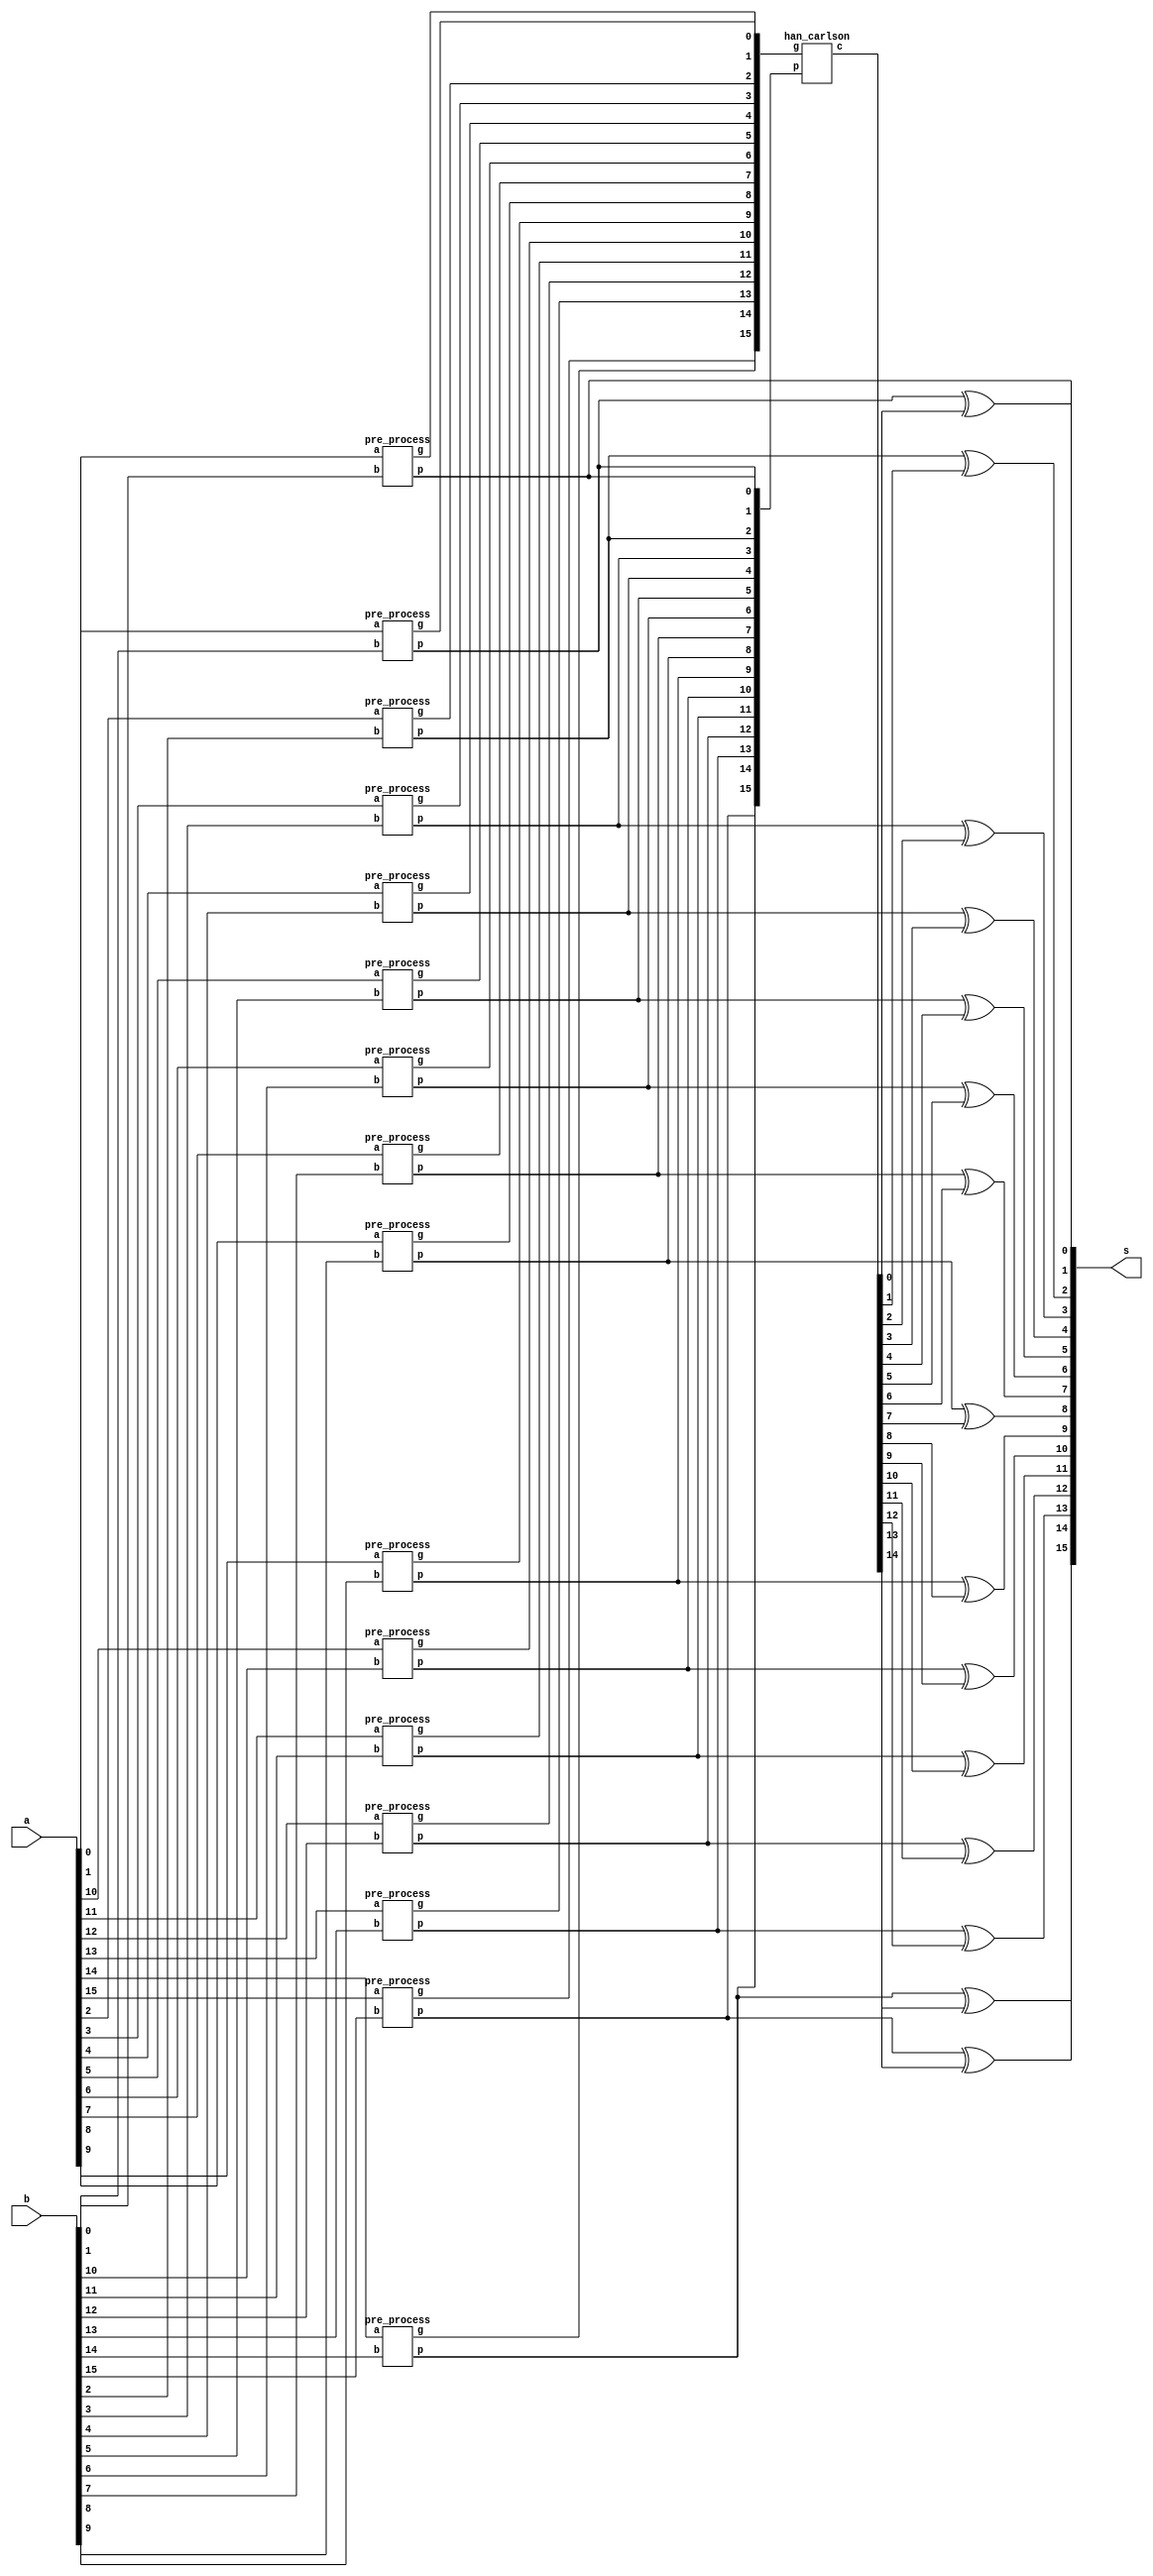
module adder_16(a,b,s);
input [15:0] a,b;
output [15:0] s;
wire [15:0] p,g,c;
pre_process pp0(a[0],b[0],p[0],g[0]);
pre_process pp1(a[1],b[1],p[1],g[1]);
pre_process pp2(a[2],b[2],p[2],g[2]);
pre_process pp3(a[3],b[3],p[3],g[3]);
pre_process pp4(a[4],b[4],p[4],g[4]);
pre_process pp5(a[5],b[5],p[5],g[5]);
pre_process pp6(a[6],b[6],p[6],g[6]);
pre_process pp7(a[7],b[7],p[7],g[7]);
pre_process pp8(a[8],b[8],p[8],g[8]);
pre_process pp9(a[9],b[9],p[9],g[9]);
pre_process pp10(a[10],b[10],p[10],g[10]);
pre_process pp11(a[11],b[11],p[11],g[11]);
pre_process pp12(a[12],b[12],p[12],g[12]);
pre_process pp13(a[13],b[13],p[13],g[13]);
pre_process pp14(a[14],b[14],p[14],g[14]);
pre_process pp15(a[15],b[15],p[15],g[15]);
han_carlson c_gen(p,g,c);
buf (s[0],p[0]);
xor (s[1],p[1],c[0]);
xor (s[2],p[2],c[1]);
xor (s[3],p[3],c[2]);
xor (s[4],p[4],c[3]);
xor (s[5],p[5],c[4]);
xor (s[6],p[6],c[5]);
xor (s[7],p[7],c[6]);
xor (s[8],p[8],c[7]);
xor (s[9],p[9],c[8]);
xor (s[10],p[10],c[9]);
xor (s[11],p[11],c[10]);
xor (s[12],p[12],c[11]);
xor (s[13],p[13],c[12]);
xor (s[14],p[14],c[13]);
xor (s[15],p[15],c[14]);
endmodule

module han_carlson(p,g,c);
input [15:0] p,g;
output [15:0] c;
//step bk begin
black b11(p[15],g[15],p[14],g[14],p15_14,g15_14);
black b12(p[13],g[13],p[12],g[12],p13_12,g13_12);
black b13(p[11],g[11],p[10],g[10],p11_10,g11_10);
black b14(p[9],g[9],p[8],g[8],p9_8,g9_8);
black b15(p[7],g[7],p[6],g[6],p7_6,g7_6);
black b16(p[5],g[5],p[4],g[4],p5_4,g5_4);
black b17(p[3],g[3],p[2],g[2],p3_2,g3_2);
grey g11(p[1],g[1],g[0],g1_0);
buf(c[1],g1_0);
buf(p0_0,p[0]);
buf(g0_0,g[0]);
buf(p2_2,p[2]);
buf(g2_2,g[2]);
buf(p4_4,p[4]);
buf(g4_4,g[4]);
buf(p6_6,p[6]);
buf(g6_6,g[6]);
buf(p8_8,p[8]);
buf(g8_8,g[8]);
buf(p10_10,p[10]);
buf(g10_10,g[10]);
buf(p12_12,p[12]);
buf(g12_12,g[12]);
buf(p14_14,p[14]);
buf(g14_14,g[14]);
//step 2
black b21(p15_14,g15_14,p13_12,g13_12,p15_12,g15_12);
black b22(p13_12,g13_12,p11_10,g11_10,p13_10,g13_10);
black b23(p11_10,g11_10,p9_8,g9_8,p11_8,g11_8);
black b24(p9_8,g9_8,p7_6,g7_6,p9_6,g9_6);
black b25(p7_6,g7_6,p5_4,g5_4,p7_4,g7_4);
black b26(p5_4,g5_4,p3_2,g3_2,p5_2,g5_2);
grey g21(p3_2,g3_2,g1_0,g3_0);
buf(c[3],g3_0);
//step 3
black b31(p15_12,g15_12,p11_8,g11_8,p15_8,g15_8);
black b32(p13_10,g13_10,p9_6,g9_6,p13_6,g13_6);
black b33(p11_8,g11_8,p7_4,g7_4,p11_4,g11_4);
black b34(p9_6,g9_6,p5_2,g5_2,p9_2,g9_2);
grey g31(p7_4,g7_4,g3_0,g7_0);
buf(c[7],g7_0);
grey g32(p5_2,g5_2,g1_0,g5_0);
buf(c[5],g5_0);
//step 4
grey g41(p15_8,g15_8,g7_0,g15_0);
buf(c[15],g15_0);
grey g42(p13_6,g13_6,g5_0,g13_0);
buf(c[13],g13_0);
grey g43(p11_4,g11_4,g3_0,g11_0);
buf(c[11],g11_0);
grey g44(p9_2,g9_2,g1_0,g9_0);
buf(c[9],g9_0);
//step5 for even
grey g51(p2_2,g2_2,g1_0,c[2]);
grey g52(p4_4,g4_4,g3_0,c[4]);
grey g53(p6_6,g6_6,g5_0,c[6]);
grey g54(p8_8,g8_8,g7_0,c[8]);
grey g55(p10_10,g10_10,g9_0,c[10]);
grey g56(p12_12,g12_12,g11_0,c[12]);
grey g57(p14_14,g14_14,g13_0,c[14]);
buf(c[0],g0_0);
endmodule

module pre_process(a,b,p,g);
input a,b;
output p,g;
xor (p,a,b);
and (g,a,b);
endmodule

module grey(p1,g1,g2,g);
input p1,g1,g2;
output g;
wire w;
and (w,p1,g2);
or (g,g1,w);
endmodule

module black(p1,g1,p2,g2,p,g);
input p1,g1,p2,g2;
output p,g;
wire w;
and (p,p1,p2);
and (w,p1,g2);
or (g,w,g1);
endmodule